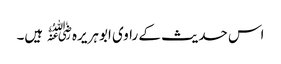
اس حدیث کے راوی ابوہریرہ﷜ ہیں۔